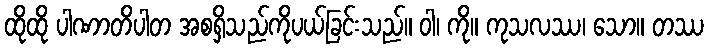
ထိုထို ပါဏာတိပါတ အစရှိသည်ကိုပယ်ခြင်းသည်။ ဝါ၊ ကို။ ကုသလဿ၊ သော။ တဿ